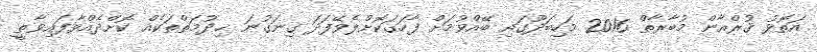
އަތޮޅު ޤުރްއާން މުބާރާތް 2016 މަހިބަދޫގައި ބޭއްވުމަށް ފާހަގަކޮށްލެވޭފަދަ ގިނަގުނަ ޚިދުމަތްތަކެއް ކޮށްދެއްވާފައިވާތީ